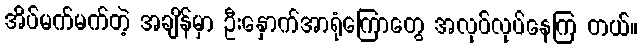
အိပ်မက်မက်တဲ့ အချိန်မှာ ဦးနှောက်အာရုံကြောတွေ အလုပ်လုပ်နေကြ တယ်။